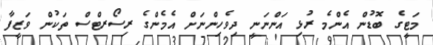
މަޓީގެ ބޮޑުން އެންމެ ރުޅި އަންނަނީ ދިވެހިންނަށް އެމެންގެ ރިސޯރޓްސް ތަކުން ވަޒީފާ